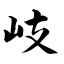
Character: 岐